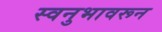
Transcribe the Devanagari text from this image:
स्वनुभावरून